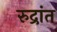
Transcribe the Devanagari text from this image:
रुद्रांत